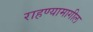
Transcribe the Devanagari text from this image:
राहण्यामागील